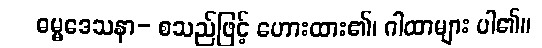
ဓမ္မဒေသနာ- စသည်ဖြင့် ဟေားထား၏၊ ဂါထာများ ပါ၏။